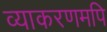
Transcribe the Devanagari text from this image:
व्याकरणमपि